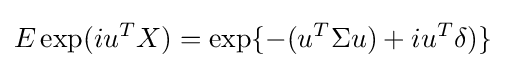
E\exp(iu^{T}X)=\exp\{-(u^{T}\Sigma u)+iu^{T}\delta )\}